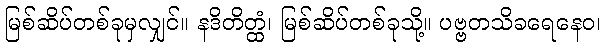
မြစ်ဆိပ်တစ်ခုမှလျှင်။ နဒိတိတ္ထံ၊ မြစ်ဆိပ်တစ်ခုသို့။ ပဗ္ဗတသိခရေနေဝ၊